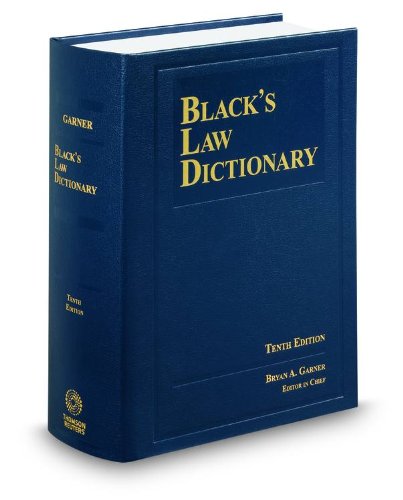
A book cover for BLACK'S LAW DICTIONARY;10TH EDITION (Black's Law Dictionary (Standard Edition)); Bryan A. Garner; Law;